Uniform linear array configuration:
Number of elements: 12
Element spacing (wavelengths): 1
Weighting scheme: uniform
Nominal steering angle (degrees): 30
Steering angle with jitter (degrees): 29.008
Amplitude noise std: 0.05
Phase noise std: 0.05

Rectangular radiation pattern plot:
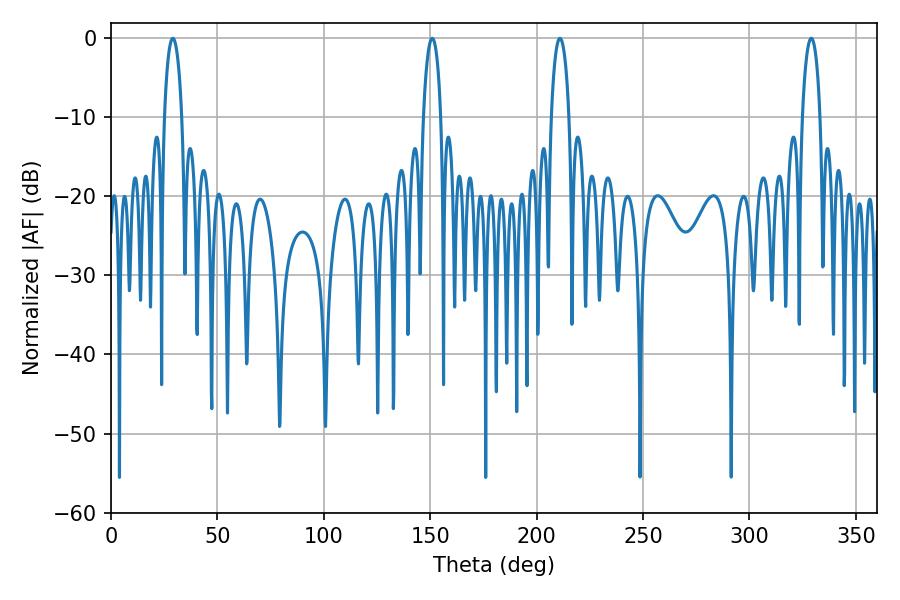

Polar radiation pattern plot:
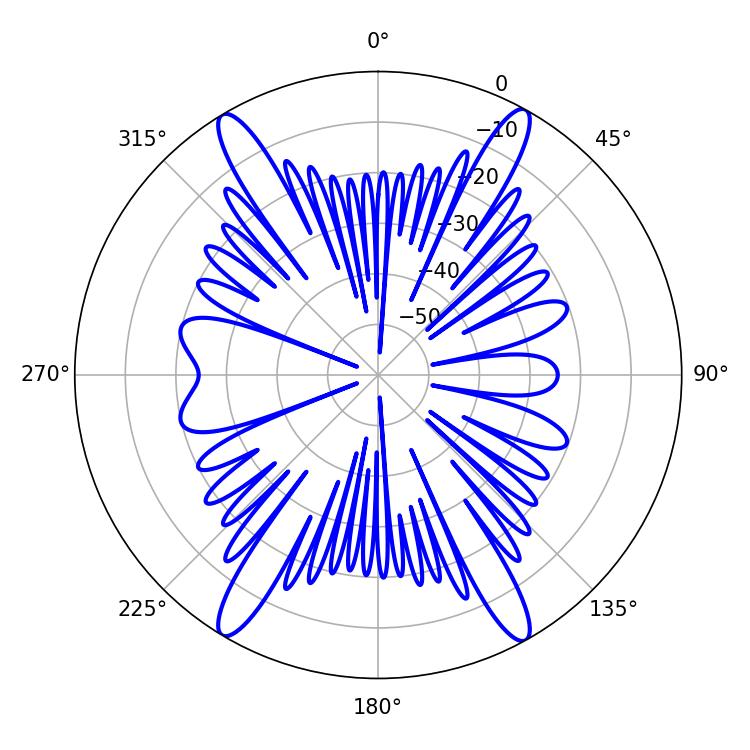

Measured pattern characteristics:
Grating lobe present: TRUE
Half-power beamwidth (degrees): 4.68
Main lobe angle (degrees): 329.04